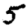
Digit: 5